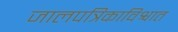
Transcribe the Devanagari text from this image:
जालपत्रिकाविश्वात